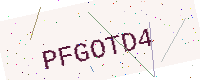
Text: PFGOTD4